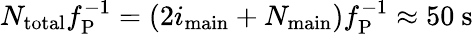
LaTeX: N_{\mathrm{total}}f_{\mathrm{P}}^{-1}=(2i_{\mathrm{main}}+N_{\mathrm{main}})f_{\mathrm{P}}^{-1}\approx 50~\mathrm{s}